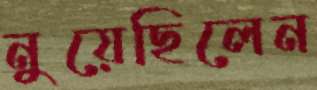
নুয়েছিলেন